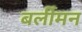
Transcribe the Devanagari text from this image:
बर्लीमन